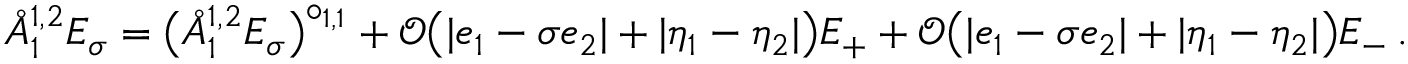
\mathring { A } _ { 1 } ^ { { 1 , 2 } } E _ { \sigma } = \big ( \mathring { A } _ { 1 } ^ { { 1 , 2 } } E _ { \sigma } \big ) ^ { \circ _ { 1 , 1 } } + \mathcal { O } \big ( | e _ { 1 } - \sigma e _ { 2 } | + | \eta _ { 1 } - \eta _ { 2 } | \big ) E _ { + } + \mathcal { O } \big ( | e _ { 1 } - \sigma e _ { 2 } | + | \eta _ { 1 } - \eta _ { 2 } | \big ) E _ { - } \, .